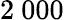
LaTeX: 2~000